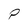
Character: P